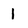
Character: 1